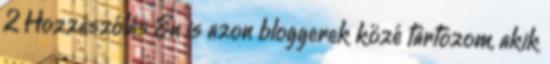
2 Hozzászólás Én is azon bloggerek közé tartozom, akik